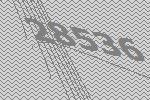
28536